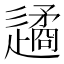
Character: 𨗝